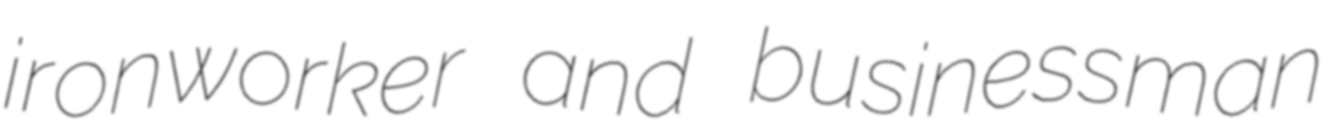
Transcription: ironworker and businessman